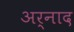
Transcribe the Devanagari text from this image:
अर्नाद